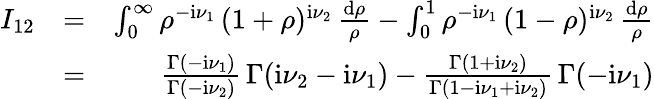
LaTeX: \begin{array}{rlr}{I_{12}}&{=}&{\int_{0}^{\infty}\rho^{-\mathrm{i}\nu_{1}}\, (1+\rho)^{\mathrm{i}\nu_{2}}\, \frac{\mathrm{d}\rho}{\rho}-\int_{0}^{1}\rho^{-\mathrm{i}\nu_{1}}\, (1-\rho)^{\mathrm{i}\nu_{2}}\, \frac{\mathrm{d}\rho}{\rho}}\\ &{=}&{\frac{\Gamma(-\mathrm{i}\nu_{1})}{\Gamma(-\mathrm{i}\nu_{2})}\, \Gamma(\mathrm{i}\nu_{2}-\mathrm{i}\nu_{1})-\frac{\Gamma(1+\mathrm{i}\nu_{2})}{\Gamma(1-\mathrm{i}\nu_{1}+\mathrm{i}\nu_{2})}\, \Gamma(-\mathrm{i}\nu_{1})}\end{array}